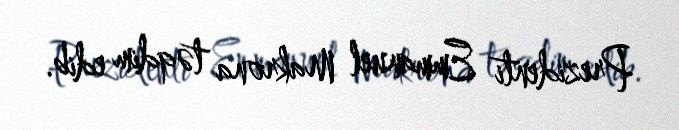
Prezidenti Emmanuel Makrona təqdim edib.